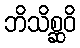
ဘိသိစ္ဆဝိ